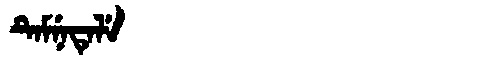
Manchu: ᡨᡝᠮᠨᡝᡨᡝᠯᡝ
Romanization: TEMNETELE